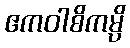
ဧကဝါစိကမ္ပိ